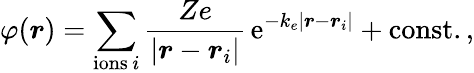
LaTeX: \varphi(\boldsymbol{r})=\sum_{\mathrm{ions}\, i}\frac{Ze}{|\boldsymbol{r}-\boldsymbol{r}_{i}|}\, \mathrm{e}^{-k_{e}|\boldsymbol{r}-\boldsymbol{r}_{i}|}+\mathrm{const.}\, ,